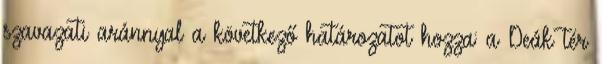
szavazati aránnyal a következő határozatot hozza: a Deák tér